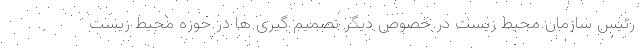
رئیس سازمان محیط زیست در خصوص دیگر تصمیم گیری ها در حوزه محیط زیست